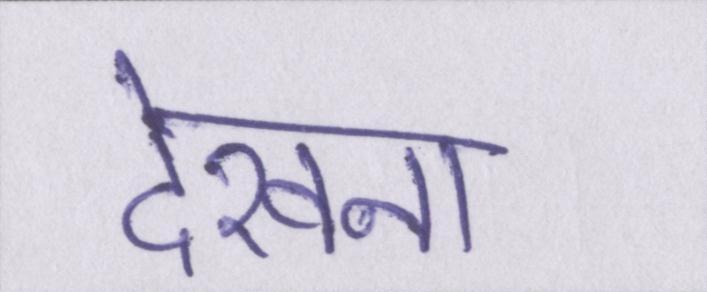
देखना